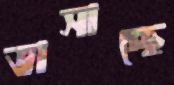
ভাসাচ্ছে